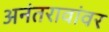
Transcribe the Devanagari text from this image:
अनंतरावांवर